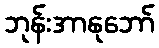
ဘုန်းအာနုဘော်